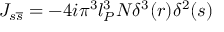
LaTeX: J _ { s \overline { { { s } } } } = - 4 i \pi ^ { 3 } l _ { P } ^ { 3 } N \delta ^ { 3 } ( r ) \delta ^ { 2 } ( s )